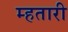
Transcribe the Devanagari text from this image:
म्हतारी